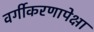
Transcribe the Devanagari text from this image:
वर्गीकरणापेक्षा